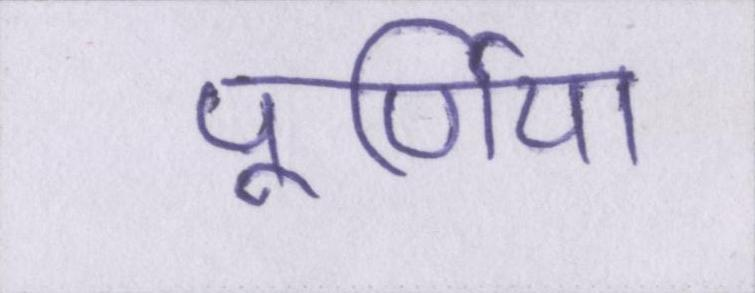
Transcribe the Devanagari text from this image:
पूर्णिया